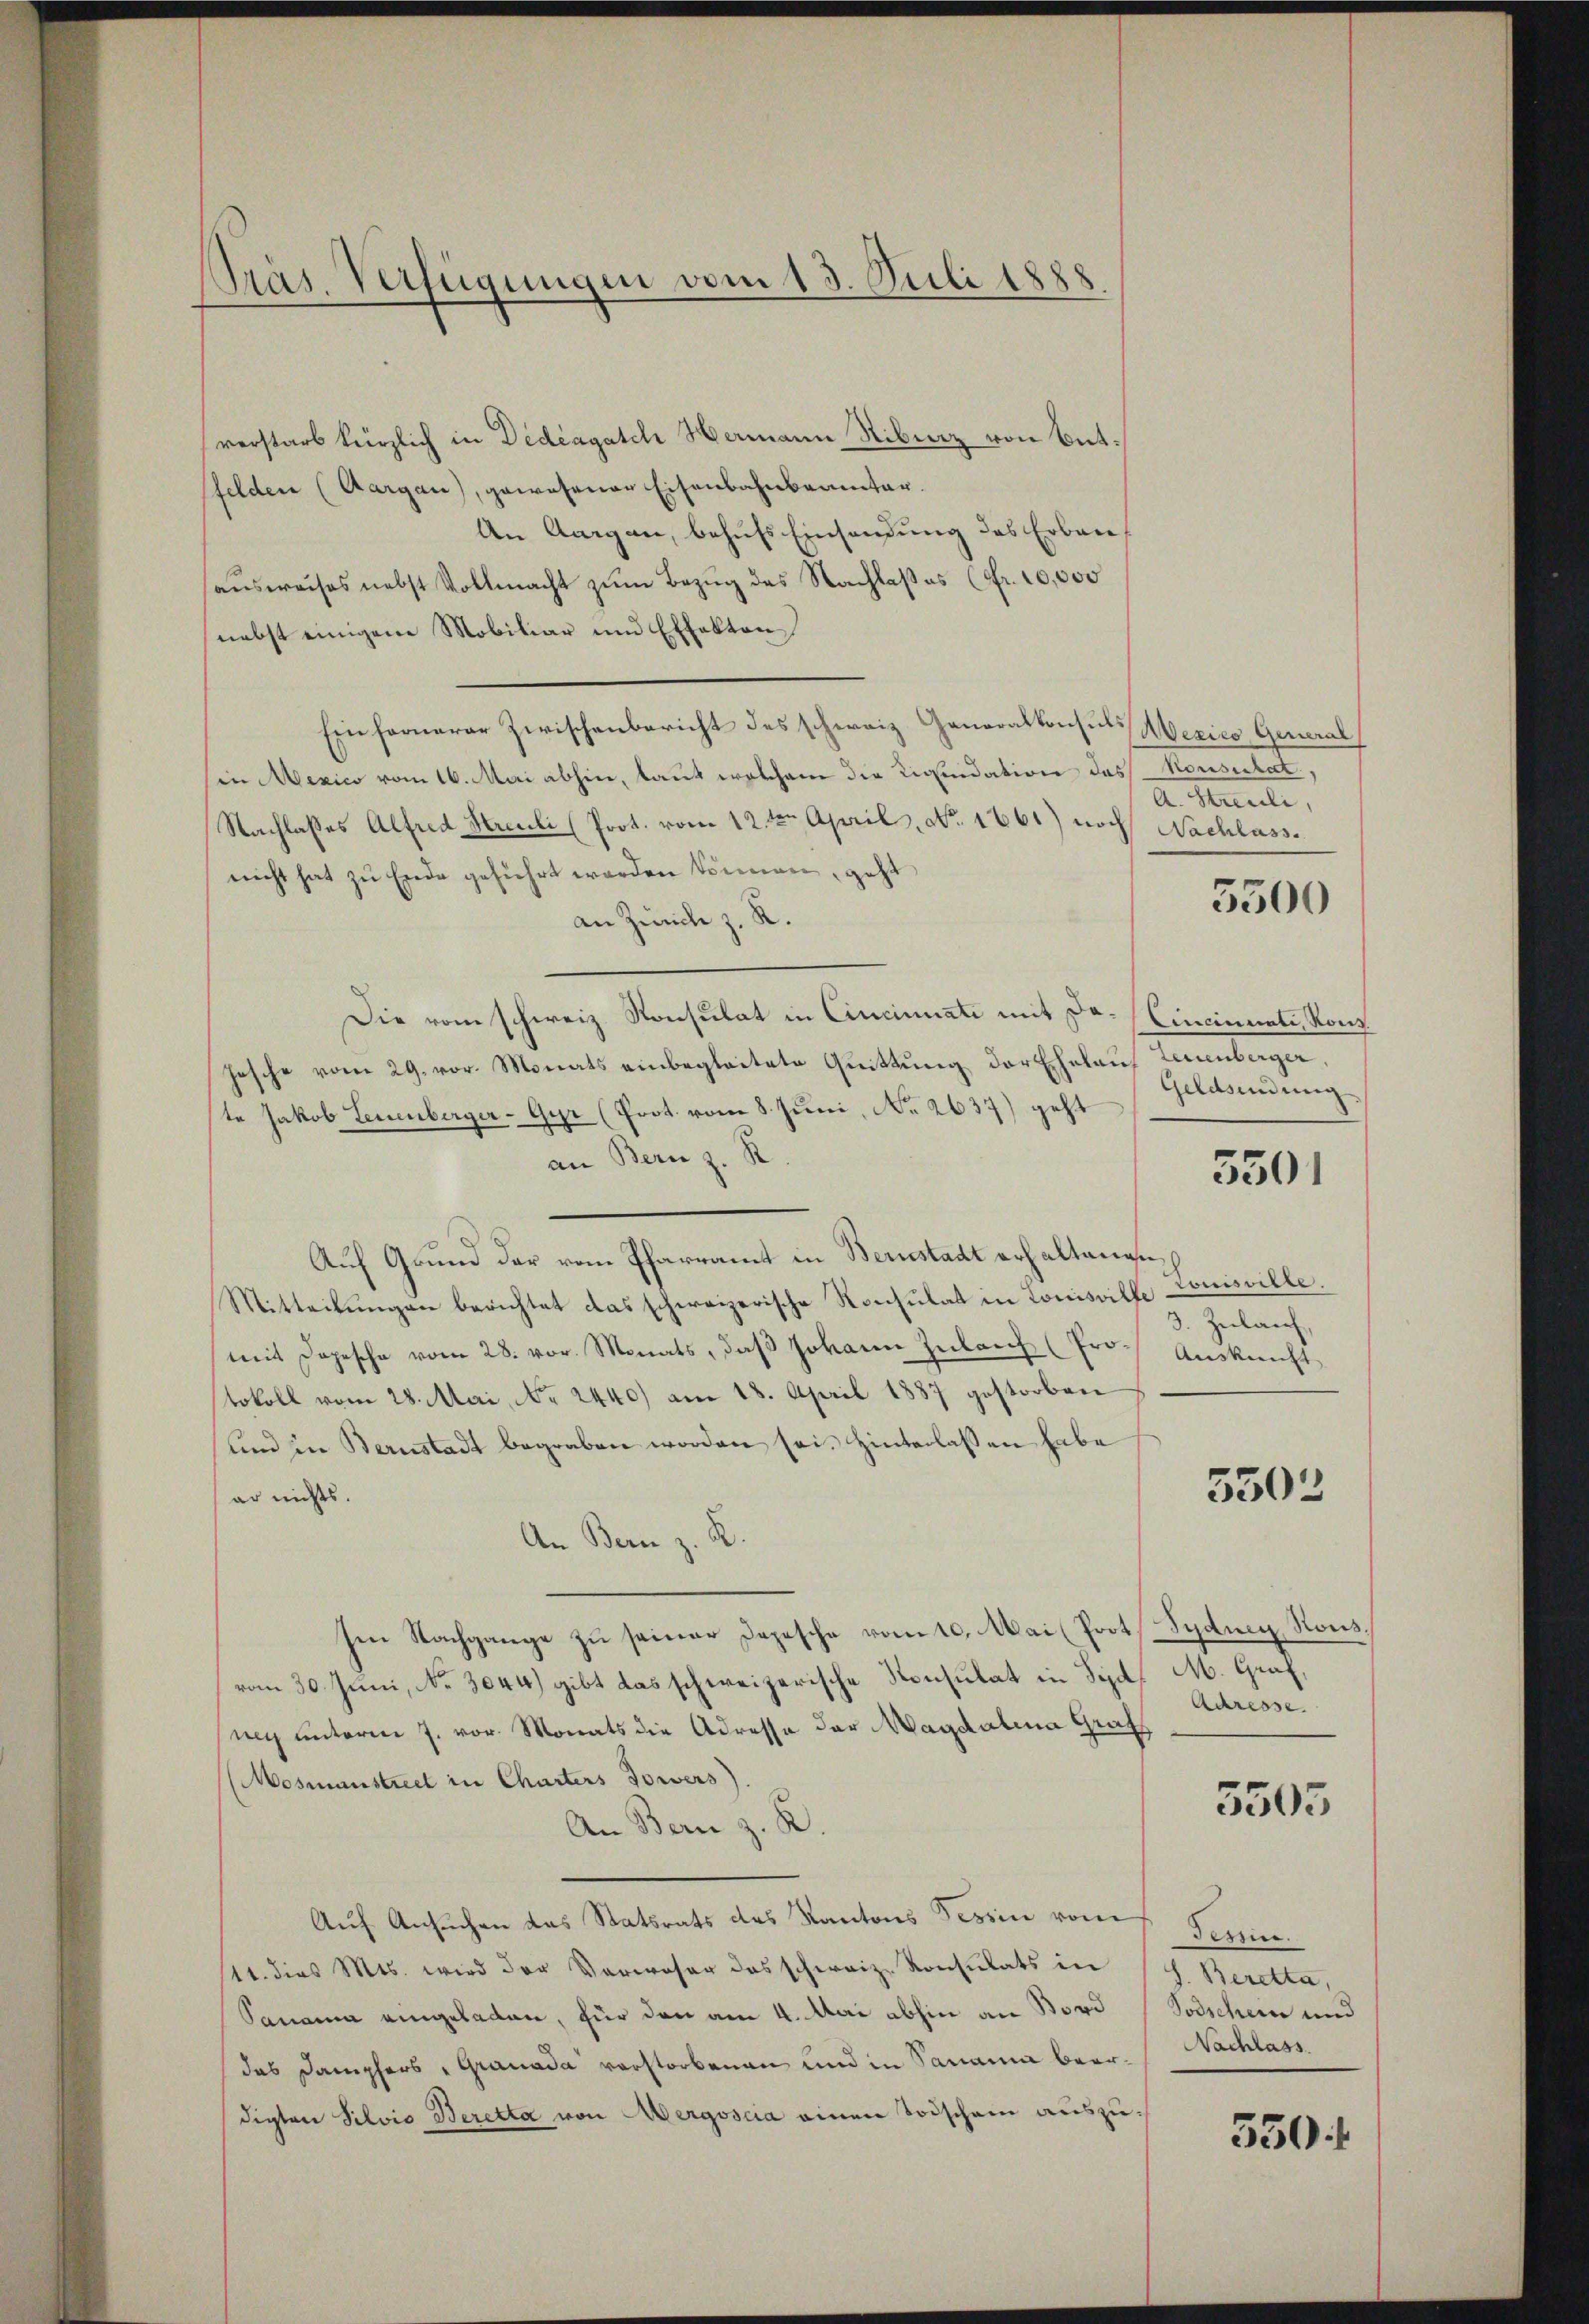
Präs. Verfügungen vom 13. Juli 1888

verstarb kürzlich in Didcagatch Hermann Ribirz von Entsfelden (Aargau), gewesener Eisenbahnbeamter.
An Aargau, behufs Einsendung des Erbauausweises nebst Vollmacht zum Bezug des Nachlaßes (fr. 10,000
nebst einigem Mobiliar und Effekten
Ein fernerer Zwischenbericht des schweiz. Generalkonsuls Mexico General
(in Mexico vom 16. Mai abhin, laut welchem die Liquidation des Konsulat,
Nachlasses Alfred Streuli (Prot. vom 12te͇n April, No. 1661) noch Nachlass
nicht hat zu Ende geführt werden können, geht
an Zürich z. R.
Die vom schweiz. Konsulat in Cincinnati mit Dahesche vom 29. vor. Monats einbegleitete Quittung der Ehelauf Leuenberger,
te Jakob Leuenberger-Gyr (Prot. vom 8. Juni, No 2637) geht
an Bern z. R.
Auf Grund der vom Pfarramt in Bernstadt erhaltenen
Mitteilungen berichtet das schweizerische Konsulat in Louisville
mit Depesche vom 28. vor. Monats, daβ Johann Zulauf (Pro Auskunft
tokoll vom 28. Mai, No. 2440) am 18. April 1887 gestorben
und in Bernstadt begraben worden sei. Hinterlassen habe
er nichts.
An Bern z. B.
Ien Nachgange zu seiner Depesche vom 10. Mai (Prot. Sydney Ronsvom 30. Juni, No. 3044) gibt das schweizerische Konsulat in Syd. M. Graf,
nig unterm 7. vor. Monats die Adresse der Magdalena Gratz
Mosmanstreet in Charters Towers)
An Bern z. K.
Auf Ansuchen das Statsrats des Kantons Tessin vom 1. Ferie.
111. dies Mts. wird der Verweser das schweiz. Konsulats in (s. Beretta,
Sanania eingeladen, für den am 4. Mai abhin an Bord Todschein und
das Dampfers "Granada verstorbenen und in Sanania beardigten Silvio Beretta von Aergoscia einen Todschain auszu¬

A. Streuli,

5500

Cincimente, Kong
Geldsendung

550)

Tonsilie.
3. Zulauf,

5302

Adresse.

5505

Nachlass.

550 f